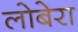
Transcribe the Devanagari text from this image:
लोबेरा